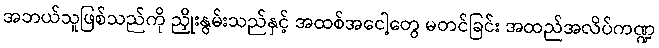
အဘယ်သူဖြစ်သည်ကို ညှိုးနွမ်းသည်နှင့် အထစ်အငေါ့တွေ မတင်ခြင်း အထည်အလိပ်ကဏ္ဍ